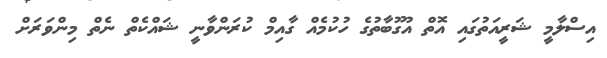
އިސްލާމީ ޝަރީއަތުގައި އޮތް އުގޫބާތުގެ ހުކުމެއް ގާއިމް ކުރަންވާނީ ޝައްކެތް ނެތް މިންވަރަށް